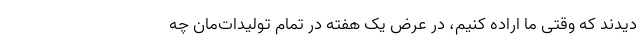
دیدند که وقتی ما اراده کنیم، در عرض یک هفته در تمام تولیدات‌مان چه